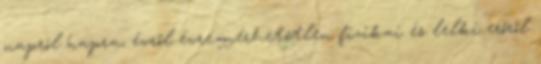
napról napra, évről évre mérhetetlen fizikai és lelki erőről